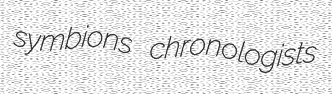
symbions chronologists